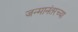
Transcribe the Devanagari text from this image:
जन्मानंतरच्या